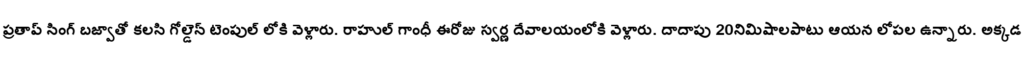
ప్రతాప్ సింగ్ బజ్వాతో కలసి గోల్డెన్ టెంపుల్ లోకి వెళ్లారు. రాహుల్ గాంధీ ఈరోజు స్వర్ణ దేవాలయంలోకి వెళ్లారు. దాదాపు 20నిమిషాలపాటు ఆయన లోపల ఉన్నారు. అక్కడ